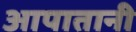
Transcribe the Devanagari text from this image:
आपातानी